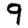
Digit: 9